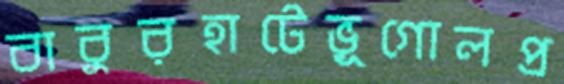
বাবুরহাটেভূগোলপ্র